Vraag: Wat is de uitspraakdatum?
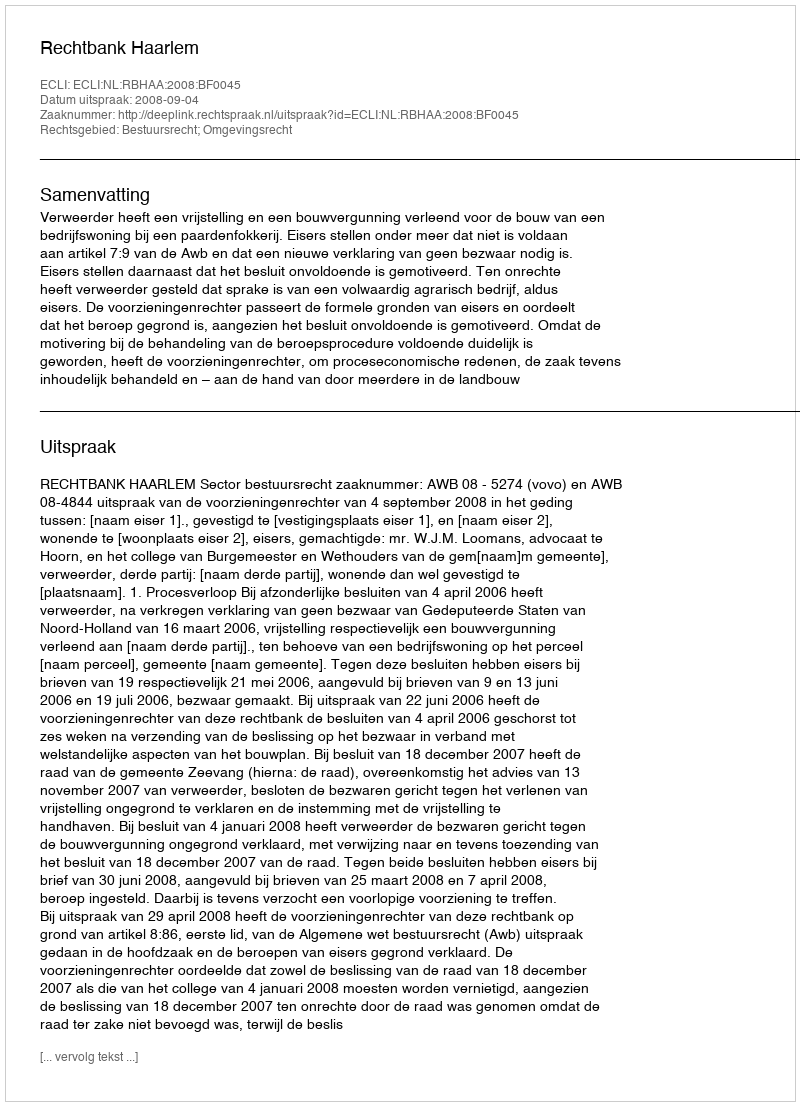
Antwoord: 2008-09-04